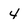
Character: 4